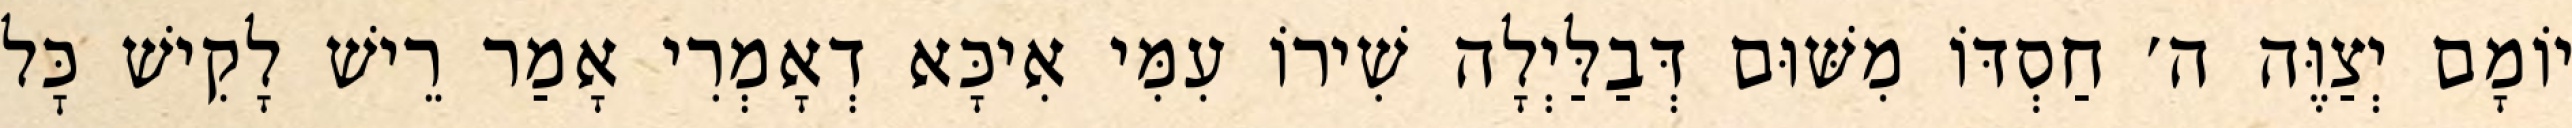
יוֹמָם יְצַוֶּה ה׳ חַסְדּוֹ מִשּׁוּם דְּבַלַּיְלָה שִׁירוֹ עִמִּי אִיכָּא דְאָמְרִי אָמַר רֵישׁ לָקִישׁ כׇּל